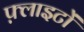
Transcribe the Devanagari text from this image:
फ़्लाइटों